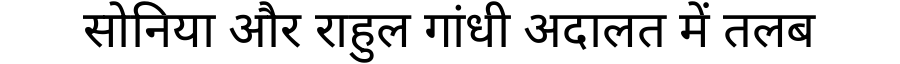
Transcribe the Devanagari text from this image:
सोनिया और राहुल गांधी अदालत में तलब